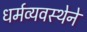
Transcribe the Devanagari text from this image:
धर्मव्यवस्थेने